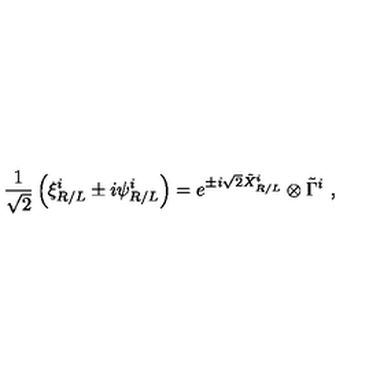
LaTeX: \frac { 1 } { \sqrt { 2 } } \left( \xi _ { R / L } ^ { i } \pm i \psi _ { R / L } ^ { i } \right) = e ^ { \pm i \sqrt { 2 } \tilde { X } _ { R / L } ^ { i } } \otimes \tilde { \Gamma } ^ { i } \ ,